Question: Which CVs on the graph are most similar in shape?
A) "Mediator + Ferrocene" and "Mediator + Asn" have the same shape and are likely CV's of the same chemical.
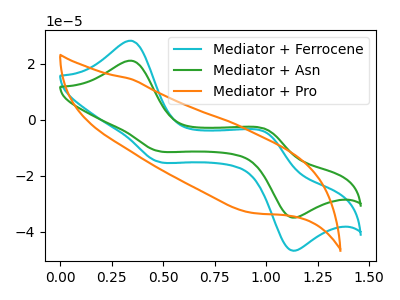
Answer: <think>The cyan curve "Mediator + Ferrocene" has anodic peaks at (0.35V, 28.20uA) (1.00V, -4.60uA) and cathodic peaks at (0.45V, -14.85uA) (1.10V, -46.45uA). The green curve "Mediator + Asn" has anodic peaks at (0.35V, 21.10uA) (1.00V, -3.45uA) and cathodic peaks at (0.45V, -11.10uA) (1.10V, -34.70uA). The orange curve "Mediator + Pro" has no peaks.
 All the peaks in "Mediator + Ferrocene" have a peak in "Mediator + Asn" at the same potential. "Mediator + Ferrocene" and "Mediator + Pro" have a different number of peaks. "Mediator + Asn" and "Mediator + Pro" have a different number of peaks.</think>
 <answer>A) "Mediator + Ferrocene" and "Mediator + Asn" have the same shape and are likely CV's of the same chemical.</answer>
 <eval>A</eval>